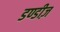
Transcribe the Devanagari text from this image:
डण्डीज़